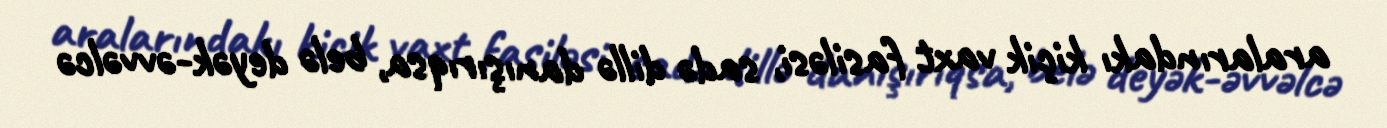
aralarındakı kiçik vaxt fasiləsi, sadə dillə danışırıqsa, belə deyək-əvvəlcə